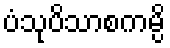
ပံသုပိသာစကမ္ပိ